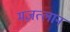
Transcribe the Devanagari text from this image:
मज़त्लान